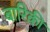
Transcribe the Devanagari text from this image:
बारिकी